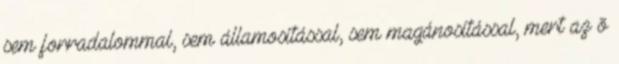
sem forradalommal, sem államosítással, sem magánosítással, mert az õ